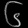
Digit: ၆